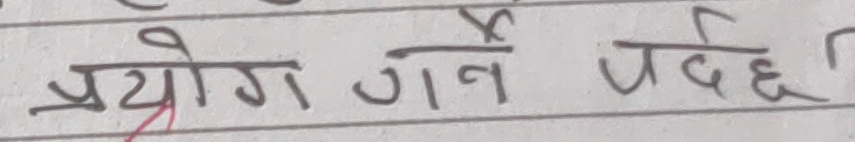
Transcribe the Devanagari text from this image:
प्रयोग गर्ने पर्छ